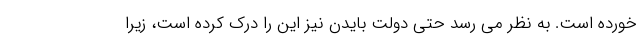
خورده است. به نظر می رسد حتی دولت بایدن نیز این را درک کرده است، زیرا